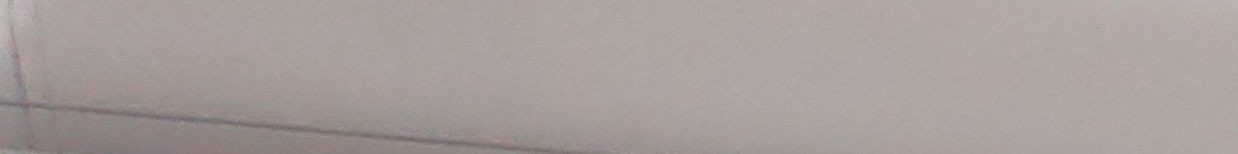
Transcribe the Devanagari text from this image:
छ